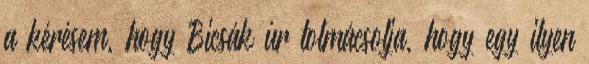
a kérésem, hogy Bicsák úr tolmácsolja, hogy egy ilyen